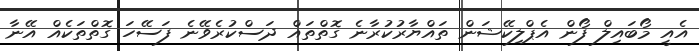
އެއީ މޯބައިލް ފޯން އެޕްލިކޭޝަން ތައްޔާރުކުރާނެ ގޮތްތައް ދަސްކުރެވޭނެ ފަސޭހަ ގޮތްތަކެއް އޭނާ